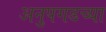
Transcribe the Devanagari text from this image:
अनुपगडच्या